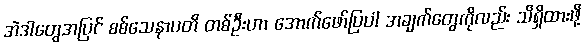
အဲဒါတွေအပြင် စစ်သေနာပတိ တစ်ဦးဟာ အောက်ဖော်ပြပါ အချက်တွေကိုလည်း သိရှိထားဖို့